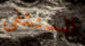
للمستشفى